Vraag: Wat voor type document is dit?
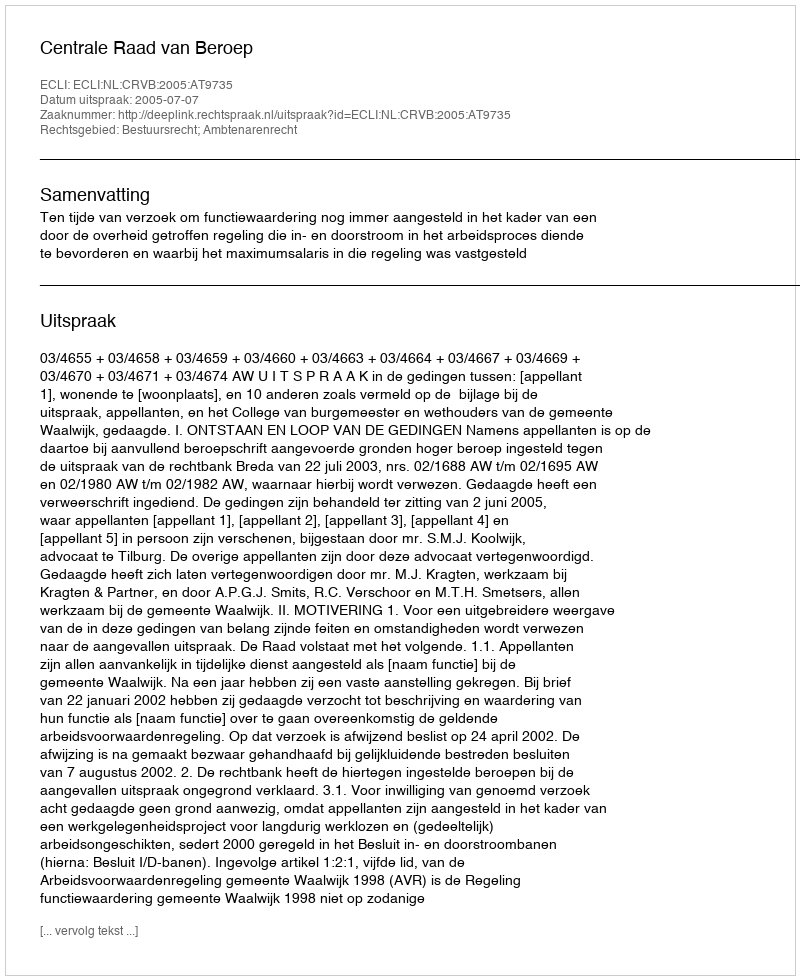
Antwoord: Uitspraak